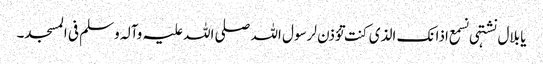
یا بلال نشتہی نسمع اذانک الذی کنت تؤذن لرسول اللہ صلی اللہ علیہ وآلہ وسلم فی المسجد۔